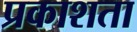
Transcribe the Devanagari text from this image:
प्रकाशता